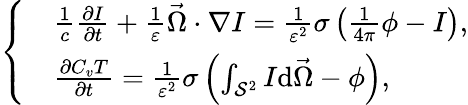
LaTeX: \left\{ \begin{array}{rl}&{\frac{1}{c}\frac{\partial I}{\partial t}+\frac{1}{\varepsilon}\vec{\Omega}\cdot\nabla I=\frac{1}{\varepsilon^{2}}\sigma\left(\frac{1}{4\pi}\phi-I\right),}\\ &{\frac{\partial C_{v}T}{\partial t}=\frac{1}{\varepsilon^{2}}\sigma\left(\int_{\mathcal{S}^{2}}I\mathrm{d}\vec{\Omega}-\phi\right),}\end{array}\right.